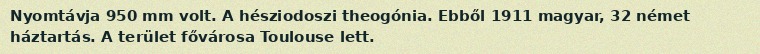
Nyomtávja 950 mm volt. A hésziodoszi theogónia. Ebből 1911 magyar, 32 német háztartás. A terület fővárosa Toulouse lett.